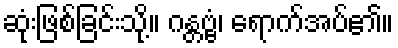
ဆုံးဖြစ်ခြင်းသို့။ ဂန္တဗ္ဗံ၊ ရောက်အပ်၏။